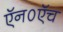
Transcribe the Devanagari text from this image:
ऍन०ऍच